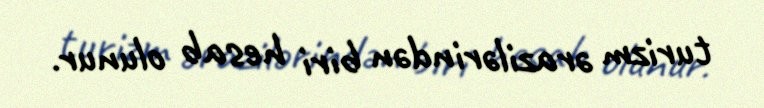
turizm ərazilərindən biri hesab olunur.